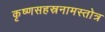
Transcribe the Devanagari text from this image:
कृष्णसहस्रनामस्तोत्र